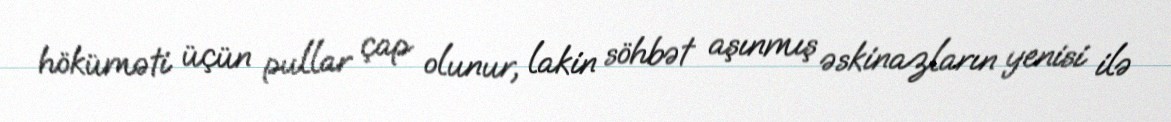
höküməti üçün pullar çap olunur, lakin söhbət aşınmış əskinazların yenisi ilə